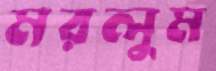
মরলুম